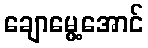
ချောမွေ့အောင်